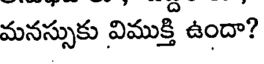
మనస్సుకు విముక్తి ఉందా?